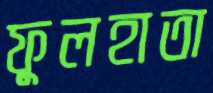
ফুলহাতা